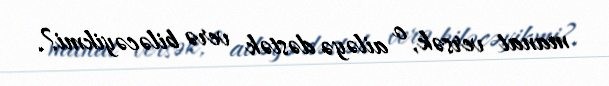
manat versək, o ailəyə dəstək verə biləcəyikmi?.